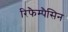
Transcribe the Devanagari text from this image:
रिफैम्पैसिन